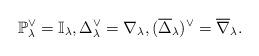
LaTeX: \begin{align*}\mathbb{P}_{\lambda}^{\vee} = \mathbb{I}_{\lambda}, \Delta_{\lambda}^{\vee} = \nabla_{\lambda}, (\overline{\Delta}_{\lambda})^{\vee} = \overline{\nabla}_{\lambda}.\end{align*}